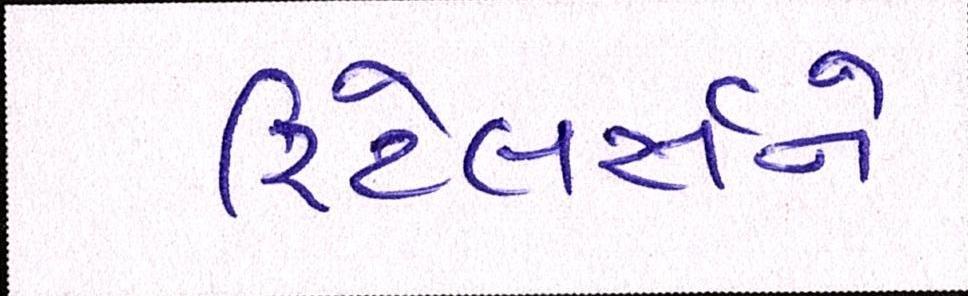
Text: રિટેલર્સને